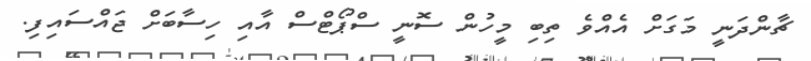
ޗާންދަނީ މަގަށް އެއްވެ ތިބި މީހުން ސޮނީ ސްޕޯޓްސް އާއި ހިސާބަށް ޖައްސައިފި.